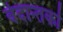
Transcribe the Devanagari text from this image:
वेदान्तकाे